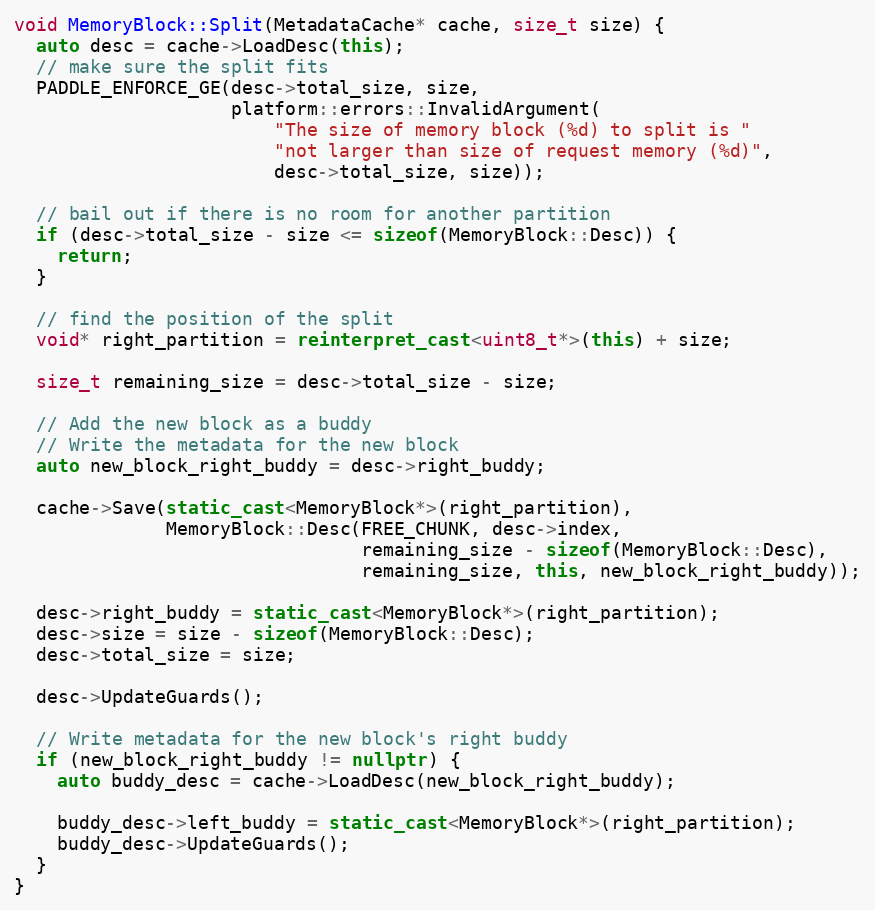
Language: C++
void MemoryBlock::Split(MetadataCache* cache, size_t size) {
  auto desc = cache->LoadDesc(this);
  // make sure the split fits
  PADDLE_ENFORCE_GE(desc->total_size, size,
                    platform::errors::InvalidArgument(
                        "The size of memory block (%d) to split is "
                        "not larger than size of request memory (%d)",
                        desc->total_size, size));

  // bail out if there is no room for another partition
  if (desc->total_size - size <= sizeof(MemoryBlock::Desc)) {
    return;
  }

  // find the position of the split
  void* right_partition = reinterpret_cast<uint8_t*>(this) + size;

  size_t remaining_size = desc->total_size - size;

  // Add the new block as a buddy
  // Write the metadata for the new block
  auto new_block_right_buddy = desc->right_buddy;

  cache->Save(static_cast<MemoryBlock*>(right_partition),
              MemoryBlock::Desc(FREE_CHUNK, desc->index,
                                remaining_size - sizeof(MemoryBlock::Desc),
                                remaining_size, this, new_block_right_buddy));

  desc->right_buddy = static_cast<MemoryBlock*>(right_partition);
  desc->size = size - sizeof(MemoryBlock::Desc);
  desc->total_size = size;

  desc->UpdateGuards();

  // Write metadata for the new block's right buddy
  if (new_block_right_buddy != nullptr) {
    auto buddy_desc = cache->LoadDesc(new_block_right_buddy);

    buddy_desc->left_buddy = static_cast<MemoryBlock*>(right_partition);
    buddy_desc->UpdateGuards();
  }
}